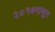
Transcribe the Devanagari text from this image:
२०१७पासून